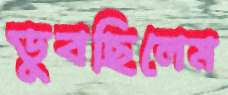
ডুবছিলেম